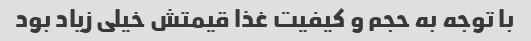
با توجه به حجم و کیفیت غذا قیمتش خیلی زیاد بود